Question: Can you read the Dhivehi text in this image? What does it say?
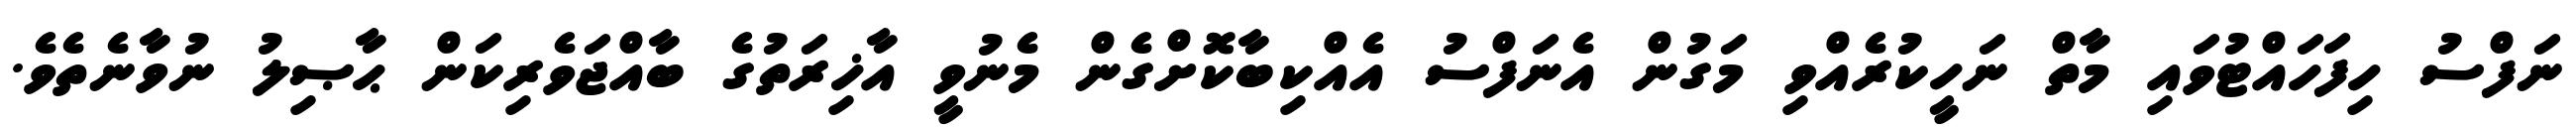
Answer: ނަފްސު ހިފަހައްޓުވައި މާތް ނަހީކުރެއްވި މަގުން އެނަފްސު އެއްކިބާކޮށްގެން މެނުވީ އާޚިރަތުގެ ބާއްޖަވެރިކަން ޙާޞިލު ނުވާނެތެވެ.